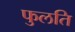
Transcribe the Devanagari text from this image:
फुलति